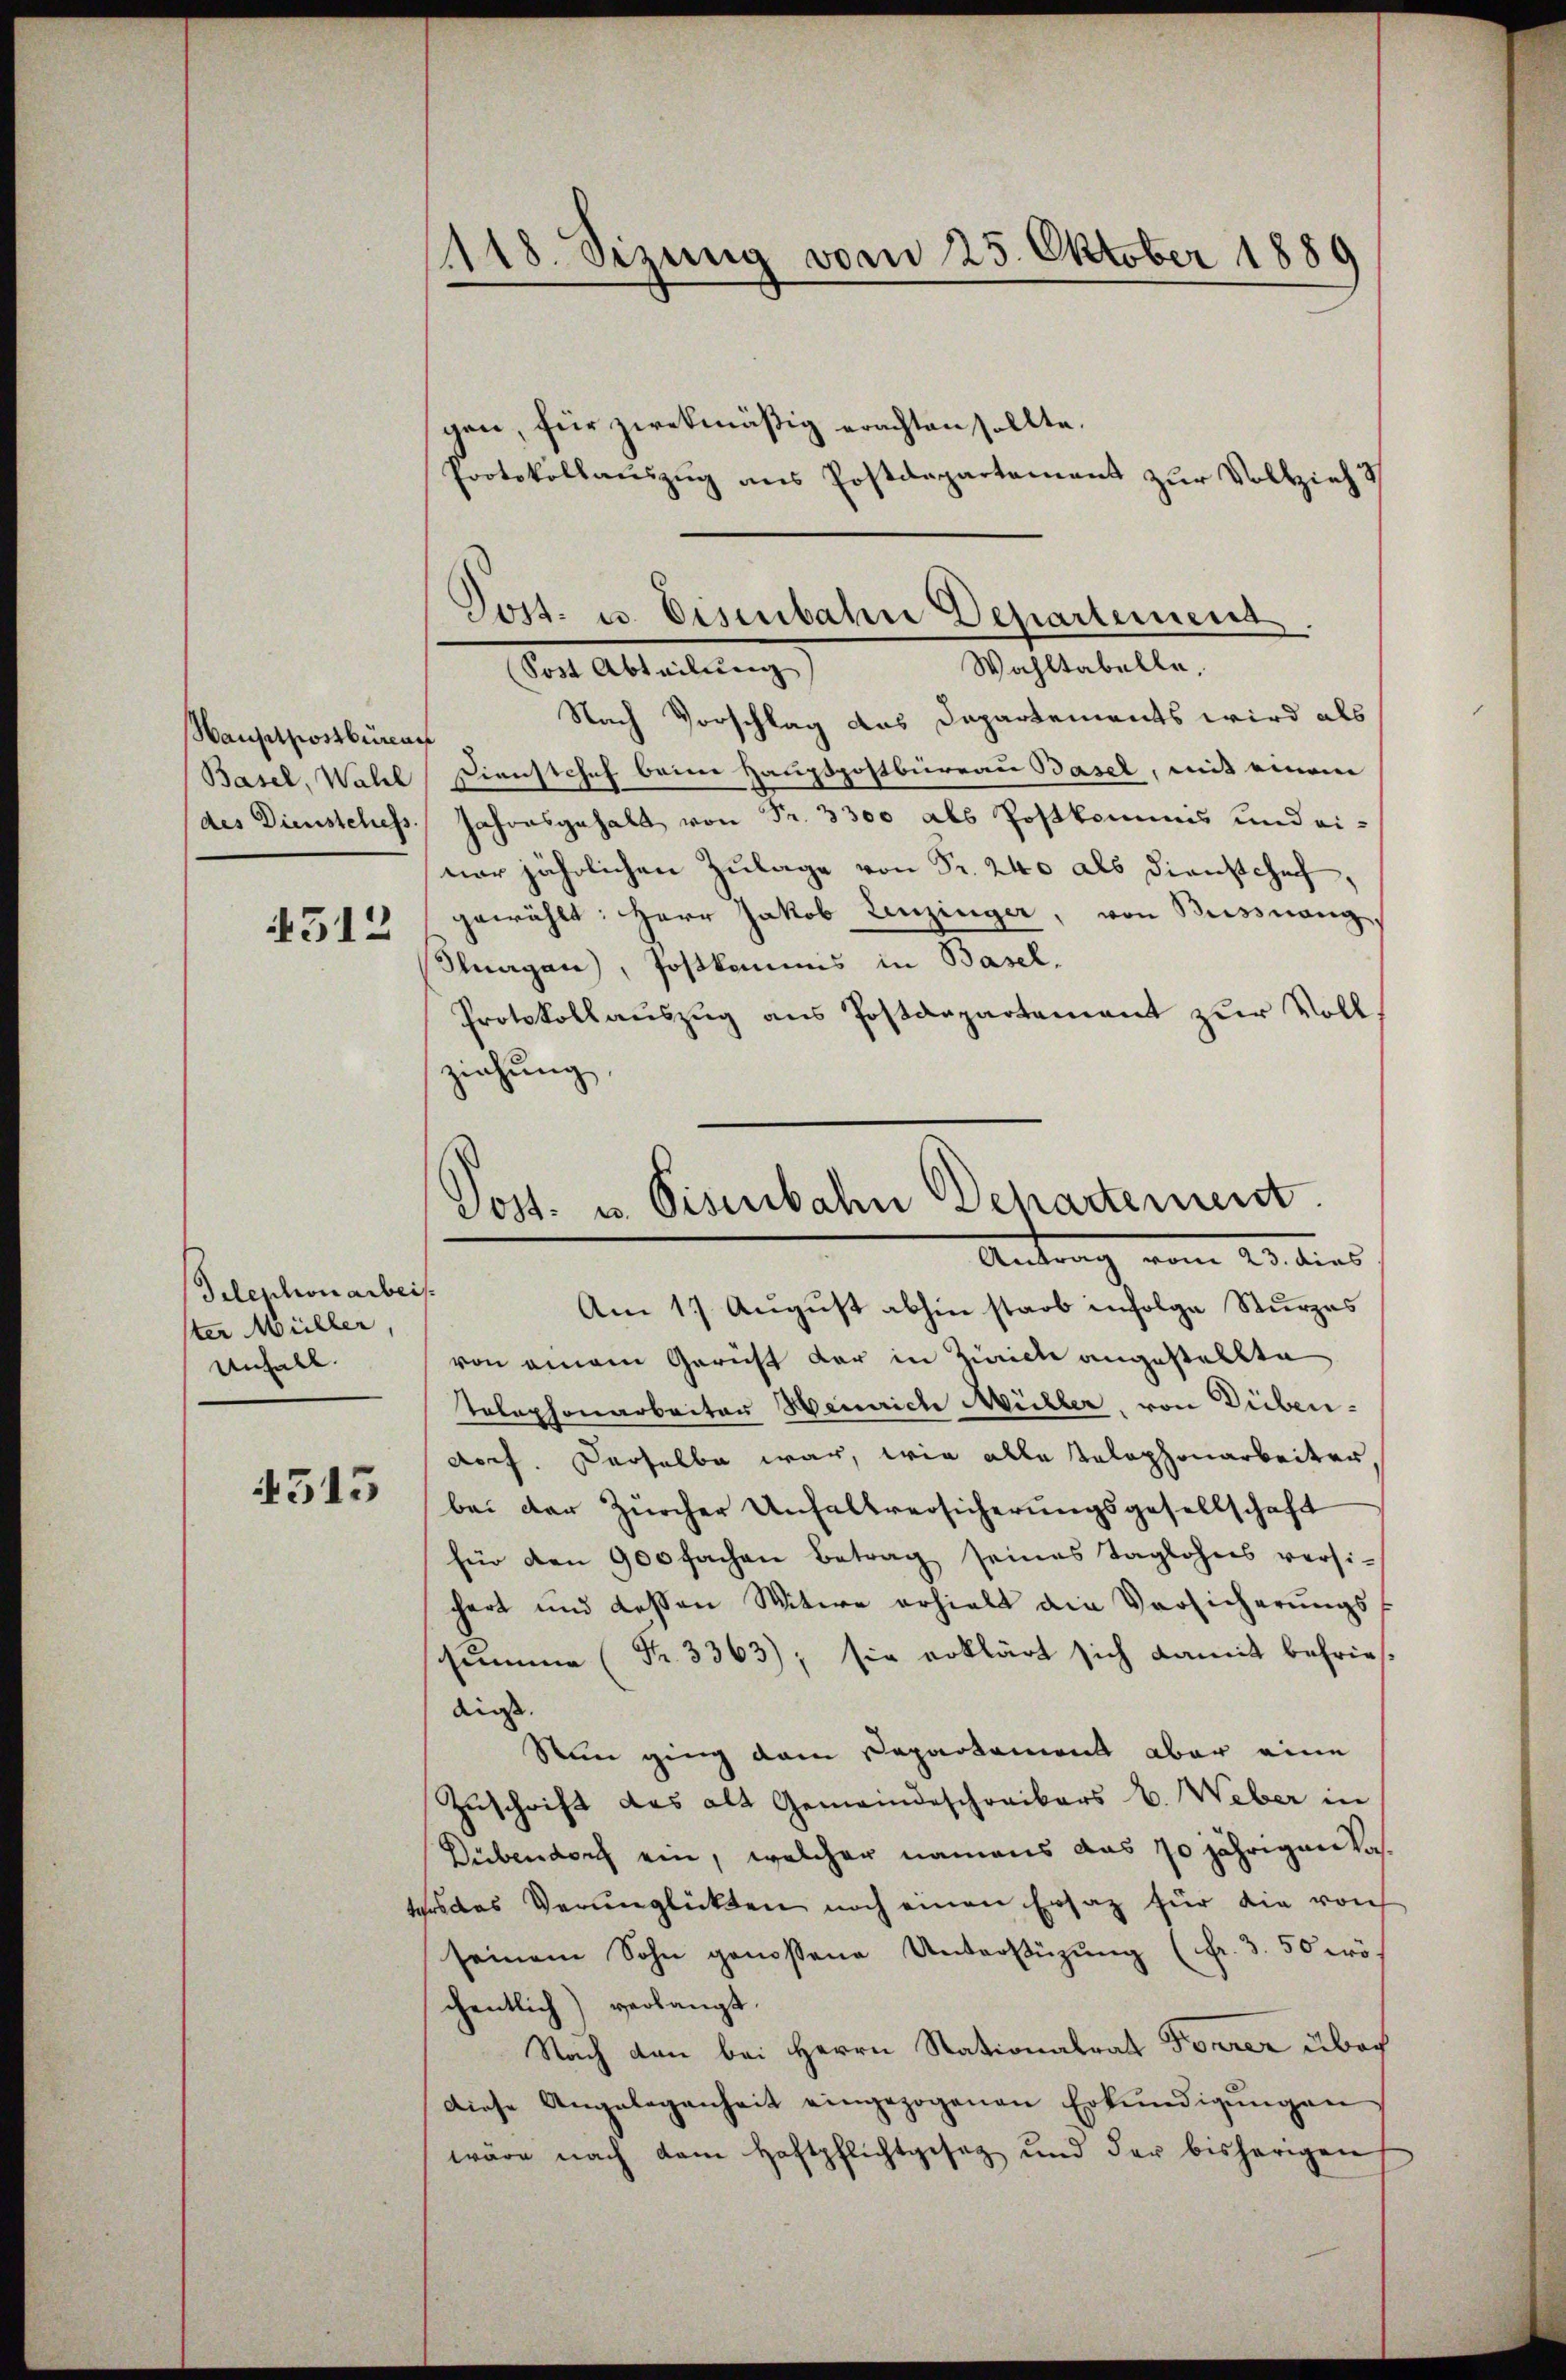
Hauptpostbüreau
des Diensteless

512

Telephonarbeis
ster Müller,
Anfall.

4315

gen, für zwekmäßig erachten sollte.
Protokollauszug aus Postdepartement zur Vollziehu

Wahltabelle,
Dent Ableitung
Nach Vorschlag das Dapartements wird als
Basel, Wahl Dienstchef beim Hauptpostbüreau Basel, mit einem
Jahresgehalt von Fr. 3300 als Postkommnis und einer jährlichen Zulage von Fr. 240 als Dienstehe,
gewählt: Herr Jakob Leuzinger, von Bussnang
Slnagen), Postkommis in Basel.
Protokollauszug aus Postdepartement zur Vollziehung,

118. Sizung vom 25. Oktober 1889

Post- u. Eisenbahre Departement.

Post- u. Visenbahn Departement.
Antrag vom 23. dies

Am 17. August abhin starb infolge Sturzes
von einem Gericht der in Zürich angestellte
Telephonarbeiter Heinrich Müller, von Dübendoch. Derselbe war, wie alle Telephonarbeiter,
bei der Zürcher Unhaltversicherungsgesellschaft
für den 900 fachen Betrag seines Taglohns versichert und deßen Witwe erhielt die Versicherungs
shumme (Nr. 3363); sie erklärt sich damit befries
dies
Nun ging dem Departement aber eine
Zuschrift des alt Gemeindeschreibers u. Weber in
Dübendorch ein, welcher namens das 10 jährigen Kastes das Verunglückten noch einen Ersatz für die von
seinem Sohn genossene Unterstüzung (fr. 3. 50 wö-
chentlich) verlangt.
Nach den bei Herrn Stationalrat Forrer über
Diese Angelegenheit eingezogenen Erkŭndigŭngen
wäre nach dem Haftpflichtgesetz und der bisherigen